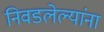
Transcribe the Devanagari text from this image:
निवडलेल्यांना